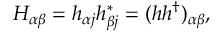
H _ { \alpha \beta } = h _ { \alpha j } h _ { \beta j } ^ { * } = ( h h ^ { \dagger } ) _ { \alpha \beta } ,